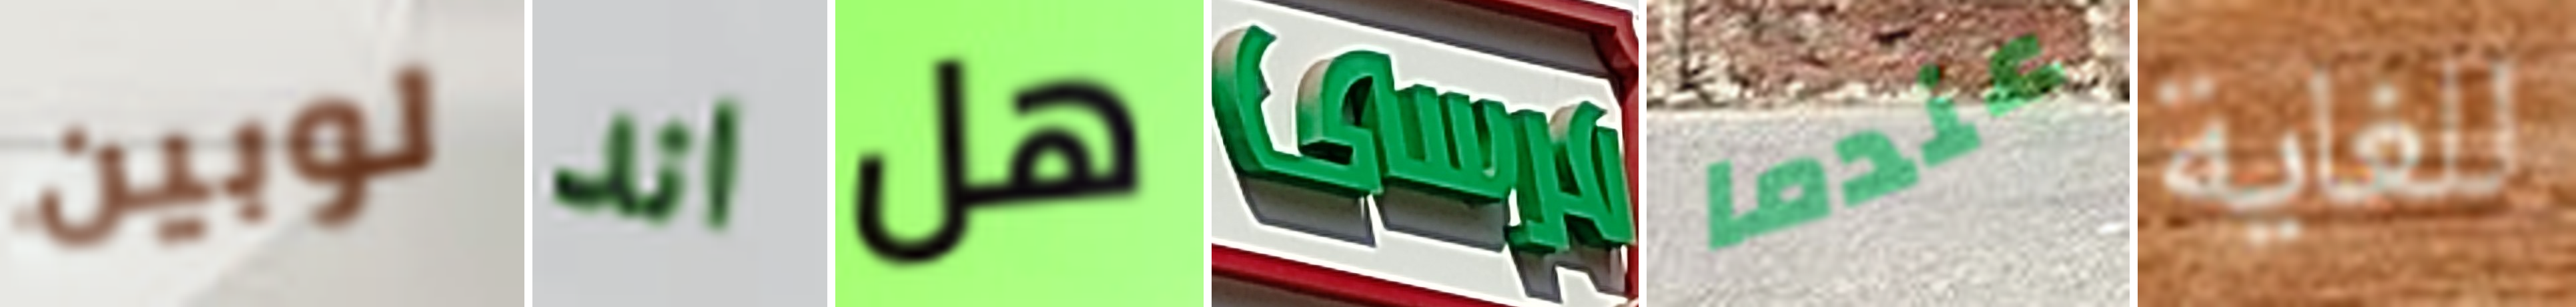
لوبين اند هل مرسى عندما للغاية